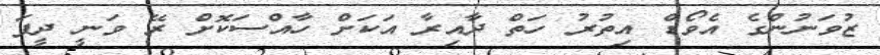
ޒުވަނުންގެ އެވޯޑް އިތުރު ހަތް ދާއިރާ އަކަށް ހާއްސަކޮށް ރޭ ވަނީ ދީފަ